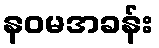
နဝမအခန်း